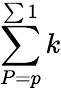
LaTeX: \sum\limits_{P=p}^{\sum 1}k